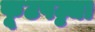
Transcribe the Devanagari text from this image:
फूटपट्ट्या